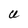
Character: U